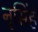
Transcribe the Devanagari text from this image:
नृसिंहं